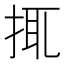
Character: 𢬴